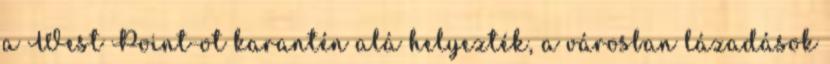
a West Point-ot karantén alá helyezték, a városban lázadások